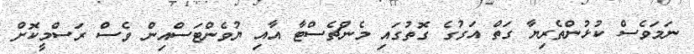
ނަމަވެސް ކުޅުންތެރިޔާ ގަތް އަގުގެ ގޮތުގައި މެންޗެސްޓާ އާއި ޔުވެންޓަސްއިން ވެސް ރަސްމީކޮށް